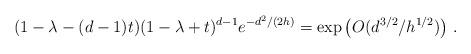
LaTeX: \begin{align*}(1 - \lambda-(d-1)t)(1-\lambda+t)^{d-1}e^{-d^2/(2h)} = \exp\left(O(d^{3/2}/h^{1/2})\right)\,.\end{align*}